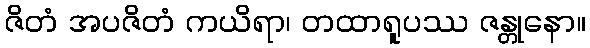
ဇိတံ အပဇိတံ ကယိရာ၊ တထာရူပဿ ဇန္တုနော။